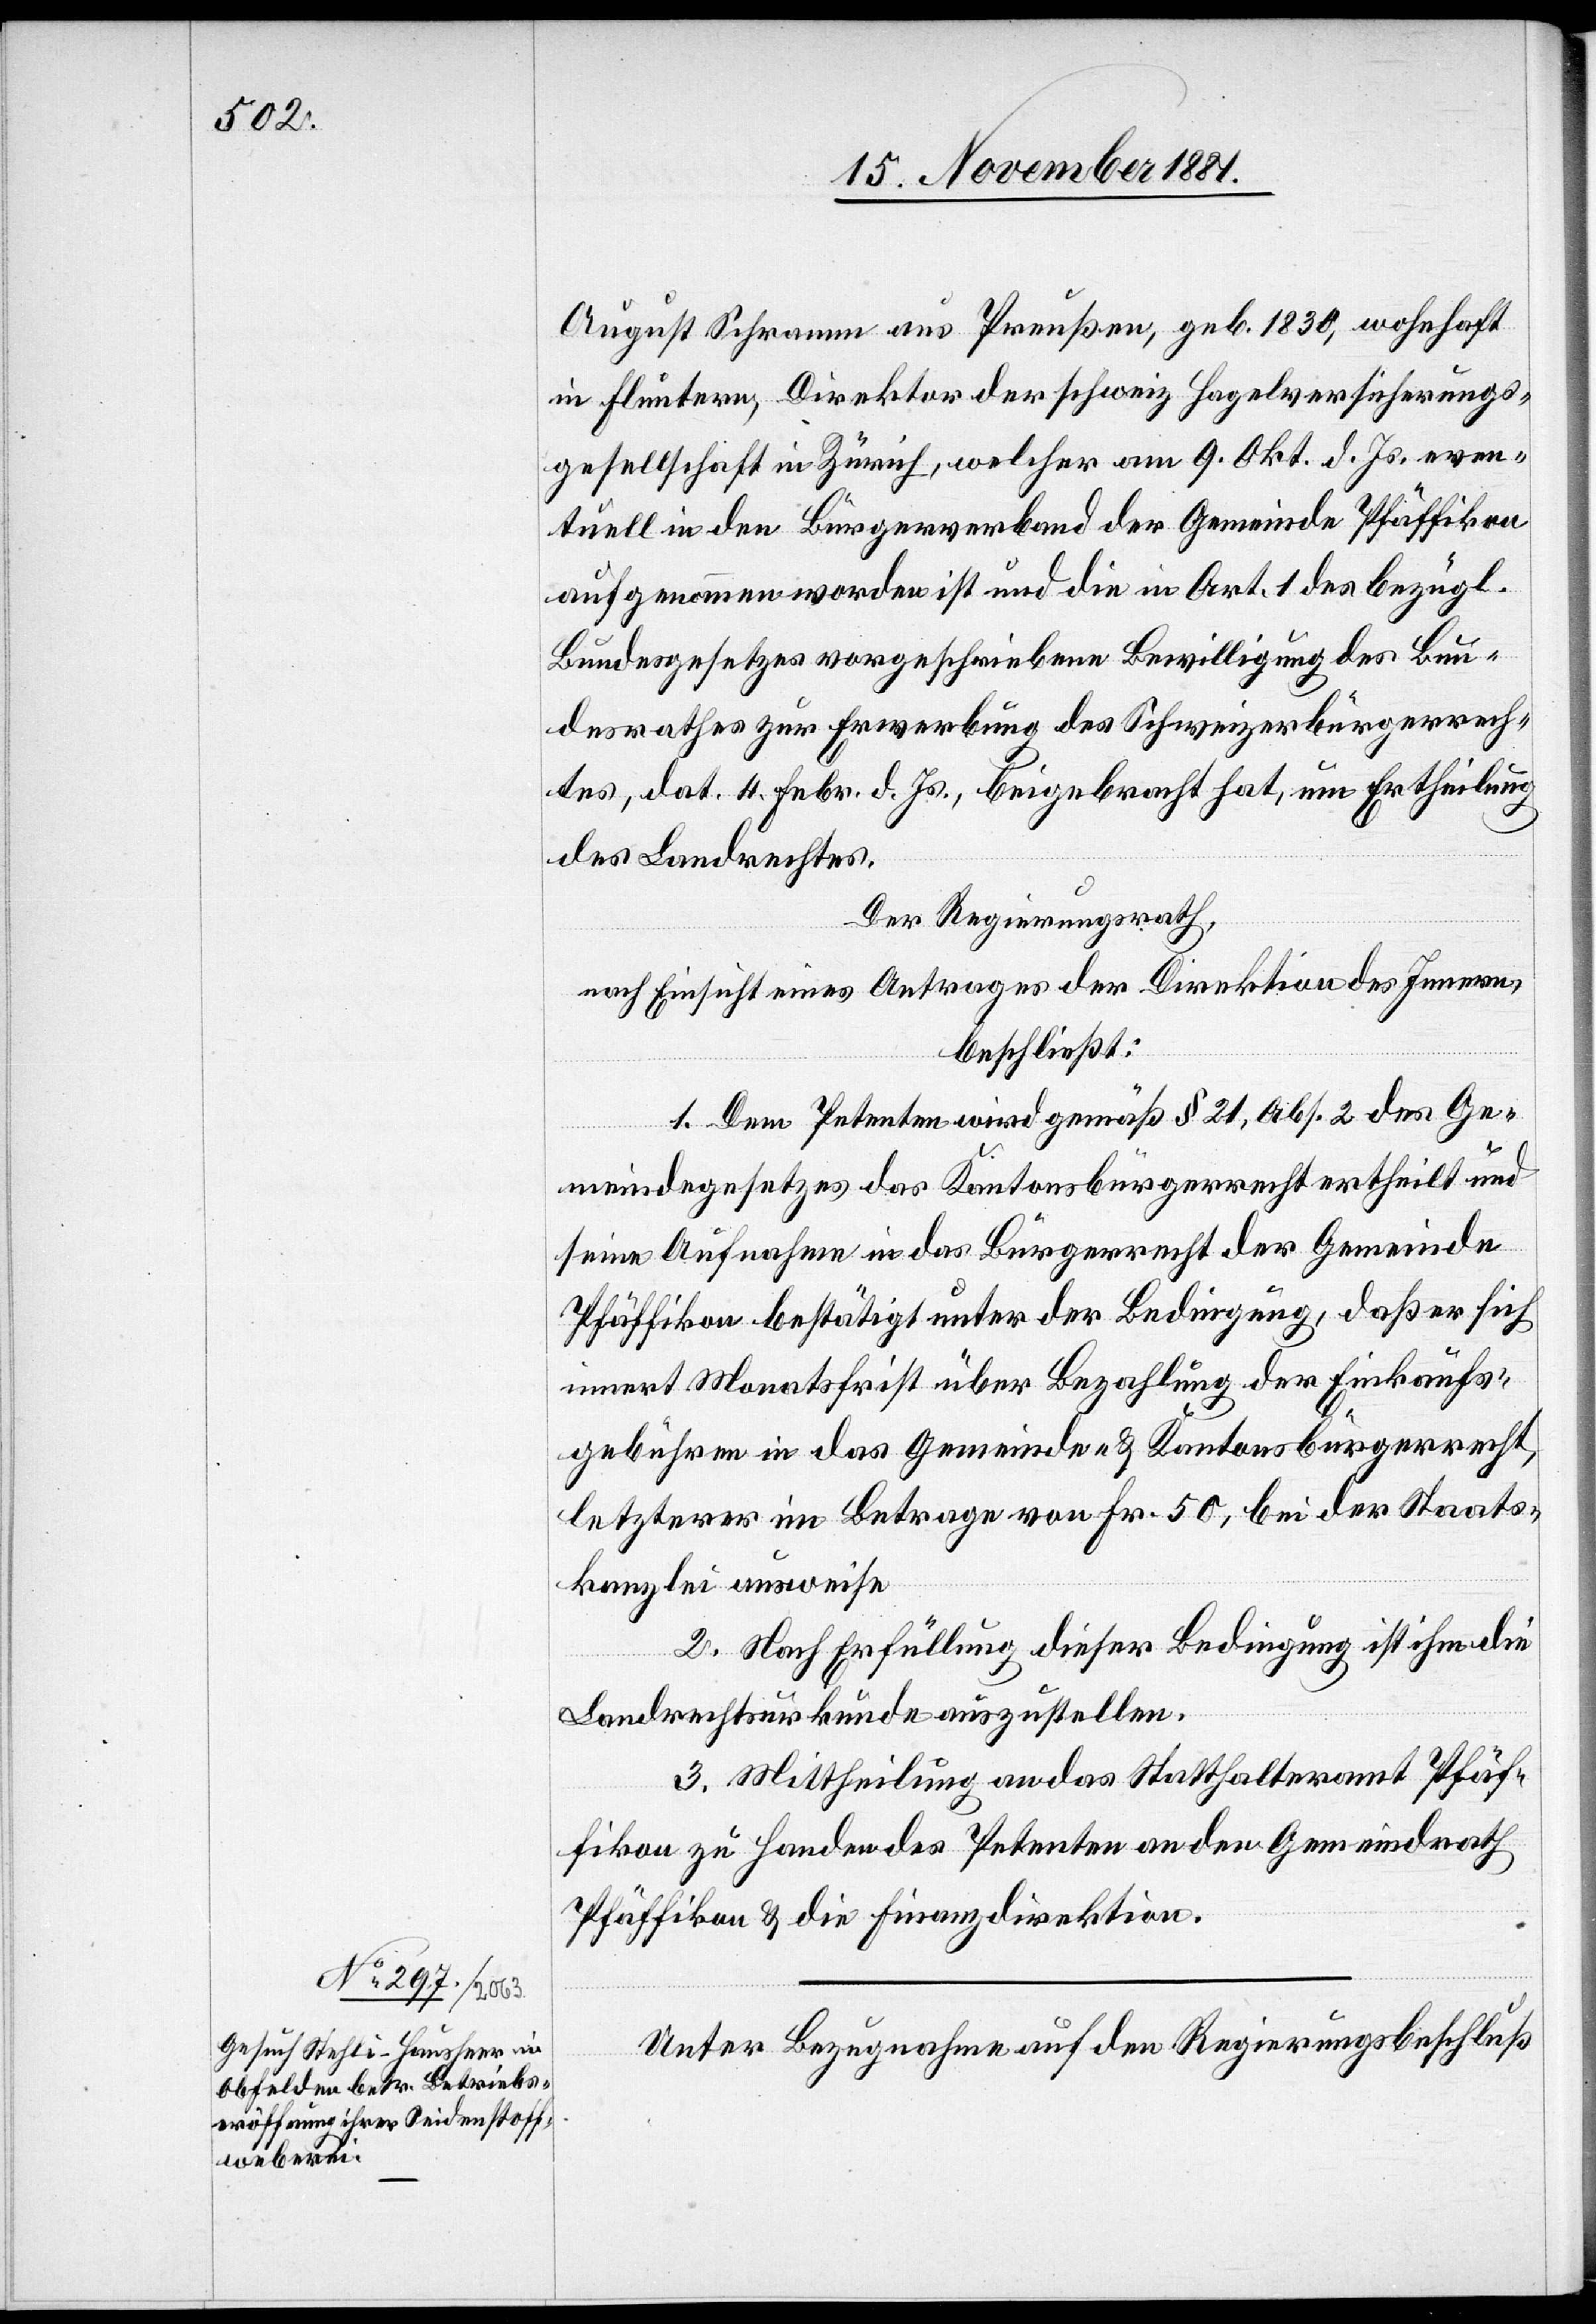
August Schramm aus Preußen, geb. 1830, wohnhaft
in Fluntern, Direktor der schweiz[.] Segelversicherungs¬
gesellschaft in Zürich, welcher am 9. Okt. d. Js. even¬
tuell in den Bürgerverband der Gemeinde Pfäffikon
aufgenommen worden ist und die in Art. 1 des bezügl.
Bundesgesetzes vorgeschriebenen Bewilligung des Bun¬
desrathes zur Erwerbung des Schweizerbürgerrech¬
tes, dat 4. Febr. d. Js., beigebracht hat, um Ertheilung
des Landrechtes.
Der Regierungsrath,
nach Einsicht eines Antrages der Direktion des Innern,
beschließt:
I. Dem Petenten wird gemäß § 21, Abs. 2 des Ge¬
meindegesetzes das Kantonsbürgerrecht ertheilt und
seine Aufnahme in das Bürgerrecht der Gemeinde
Pfäffikon bestätigt unter der Bedingung, daß er sich
innert Monatsfrist über Bezahlung der Einkaufs¬
gebühren in das Gemeinde- & Kantonsbürgerrecht,
letzterer im Betrage von Fr. 50, bei der Staats¬
kanzlei ausweise.
II. Nach Erfüllung dieser Bedingung ist ihm die
Landrechtsurkunde auszustellen.
III. Mittheilung an das Statthalteramt Pfäf¬
fikon zu Handen der Petenten[,] an den Gemeindrath
Pfäffikon & die Finanzdirektion.
Unter Bezugnahme auf den Regierungsbeschluß